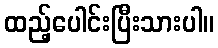
ထည့်ပေါင်းပြီးသားပါ။